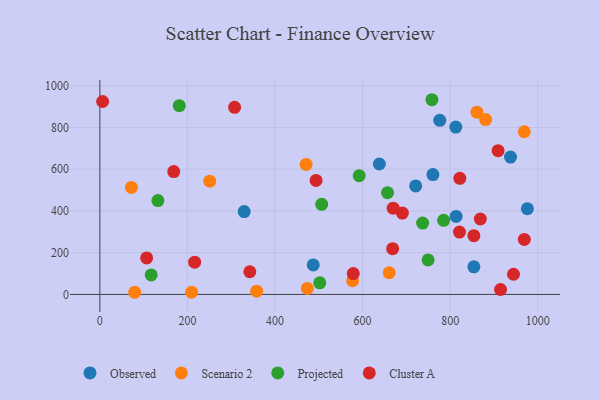
{"axis": {"x": "Engine Size", "y": "Demand"}, "legend": ["Cluster A", "Observed", "Projected", "Scenario 2"], "data": [{"x": "976.4", "y": 410.8, "type": "Observed"}, {"x": "812.9", "y": 801.3, "type": "Observed"}, {"x": "487.4", "y": 141.4, "type": "Observed"}, {"x": "721.3", "y": 519.5, "type": "Observed"}, {"x": "776.3", "y": 833.8, "type": "Observed"}, {"x": "854.2", "y": 132.3, "type": "Observed"}, {"x": "937.9", "y": 657.6, "type": "Observed"}, {"x": "760.7", "y": 574.2, "type": "Observed"}, {"x": "329.6", "y": 397.0, "type": "Observed"}, {"x": "638.3", "y": 624.6, "type": "Observed"}, {"x": "813.7", "y": 373.8, "type": "Observed"}, {"x": "358.1", "y": 15.7, "type": "Scenario 2"}, {"x": "72.1", "y": 512.4, "type": "Scenario 2"}, {"x": "79.6", "y": 10.4, "type": "Scenario 2"}, {"x": "250.9", "y": 542.3, "type": "Scenario 2"}, {"x": "660.8", "y": 104.0, "type": "Scenario 2"}, {"x": "473.9", "y": 28.6, "type": "Scenario 2"}, {"x": "969.3", "y": 779.1, "type": "Scenario 2"}, {"x": "471.1", "y": 622.7, "type": "Scenario 2"}, {"x": "881.0", "y": 837.3, "type": "Scenario 2"}, {"x": "209.6", "y": 10.5, "type": "Scenario 2"}, {"x": "861.3", "y": 872.7, "type": "Scenario 2"}, {"x": "577.2", "y": 65.7, "type": "Scenario 2"}, {"x": "737.2", "y": 341.7, "type": "Projected"}, {"x": "132.5", "y": 449.3, "type": "Projected"}, {"x": "592.3", "y": 568.8, "type": "Projected"}, {"x": "502.2", "y": 55.7, "type": "Projected"}, {"x": "506.6", "y": 431.6, "type": "Projected"}, {"x": "785.1", "y": 354.8, "type": "Projected"}, {"x": "749.7", "y": 165.5, "type": "Projected"}, {"x": "181.4", "y": 903.8, "type": "Projected"}, {"x": "117.2", "y": 93.3, "type": "Projected"}, {"x": "758.4", "y": 932.4, "type": "Projected"}, {"x": "657.0", "y": 487.3, "type": "Projected"}, {"x": "578.7", "y": 99.8, "type": "Cluster A"}, {"x": "822.1", "y": 555.9, "type": "Cluster A"}, {"x": "669.9", "y": 413.2, "type": "Cluster A"}, {"x": "668.7", "y": 219.2, "type": "Cluster A"}, {"x": "493.8", "y": 546.1, "type": "Cluster A"}, {"x": "821.3", "y": 298.5, "type": "Cluster A"}, {"x": "6.3", "y": 923.8, "type": "Cluster A"}, {"x": "944.7", "y": 96.7, "type": "Cluster A"}, {"x": "342.5", "y": 108.8, "type": "Cluster A"}, {"x": "216.5", "y": 154.4, "type": "Cluster A"}, {"x": "869.0", "y": 361.3, "type": "Cluster A"}, {"x": "969.4", "y": 263.4, "type": "Cluster A"}, {"x": "106.8", "y": 175.0, "type": "Cluster A"}, {"x": "909.5", "y": 688.2, "type": "Cluster A"}, {"x": "307.7", "y": 896.1, "type": "Cluster A"}, {"x": "915.1", "y": 23.7, "type": "Cluster A"}, {"x": "168.7", "y": 588.5, "type": "Cluster A"}, {"x": "854.2", "y": 281.4, "type": "Cluster A"}, {"x": "690.9", "y": 389.7, "type": "Cluster A"}]}